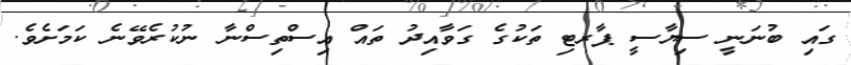
ގައި ބުނަނީ ސިޔާސީ ޕާރޓި ތަކުގެ ގަވާއިދު ތައް އިސްތިސްނާ ނުކުރެވޭނެ ކަމަށެވެ.